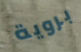
بروية